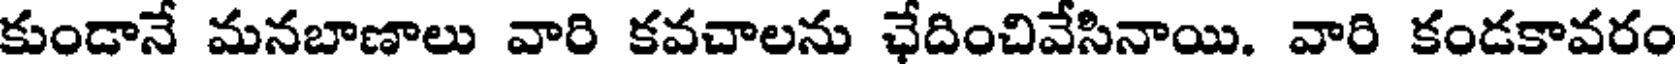
కుండానే మనబాణాలు వారి కవచాలను ఛేదించివేసినాయి. వారి కండకావరం